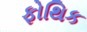
ફોથિક